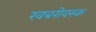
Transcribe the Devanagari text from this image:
खबरोवस्क